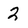
Character: 2